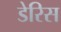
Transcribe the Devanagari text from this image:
डेरिस